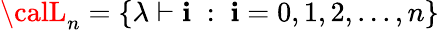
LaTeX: {\calL}_{n}=\{ \lambda\vdash\mathbf{i}\; :\; \mathbf{i}=0,1,2,...,n\}